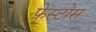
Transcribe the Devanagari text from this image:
फेस्टोस